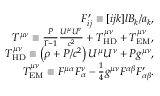
\begin{array} { r } { F _ { i j } ^ { \prime } \equiv [ i j k ] l B _ { k } / a _ { k } , } \\ { T ^ { \mu \nu } \equiv \frac { P } { \Gamma - 1 } \frac { U ^ { \mu } U ^ { \nu } } { c ^ { 2 } } + T _ { \mathrm { H D } } ^ { \mu \nu } + T _ { \mathrm { E M } } ^ { \mu \nu } , } \\ { T _ { \mathrm { H D } } ^ { \mu \nu } \equiv \left( \rho + P / c ^ { 2 } \right) U ^ { \mu } U ^ { \nu } + P g ^ { \mu \nu } , } \\ { T _ { \mathrm { E M } } ^ { \mu \nu } \equiv F ^ { \mu \alpha } F _ { \alpha } ^ { \nu } - \frac { 1 } { 4 } g ^ { \mu \nu } F ^ { \alpha \beta } F _ { \alpha \beta } ^ { \prime } . } \end{array}